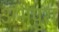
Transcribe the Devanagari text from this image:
अभैपुरा